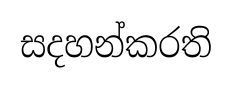
සදහන්කරති